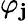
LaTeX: \varphi_{\mathbf{j}}